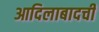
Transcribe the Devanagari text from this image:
आदिलाबादची